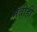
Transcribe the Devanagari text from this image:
मंत्रीही